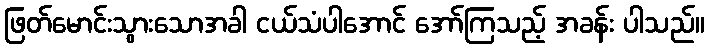
ဖြတ်မောင်းသွားသောအခါ ငယ်သံပါအောင် အော်ကြသည့် အခန်း ပါသည်။